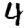
Digit: 4